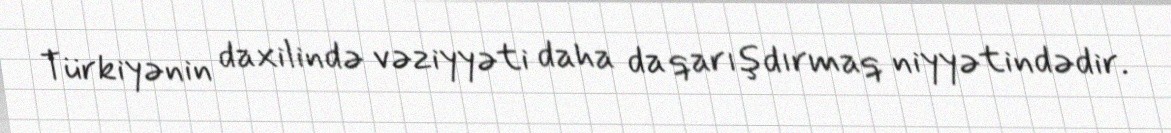
Türkiyənin daxilində vəziyyəti daha da qarışdırmaq niyyətindədir.